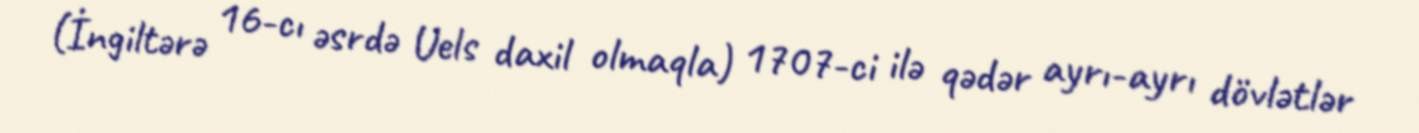
(İngiltərə 16-cı əsrdə Uels daxil olmaqla) 1707-ci ilə qədər ayrı-ayrı dövlətlər